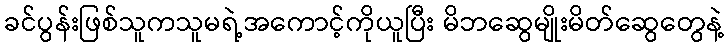
ခင်ပွန်းဖြစ်သူကသူမရဲ့အကောင့်ကိုယူပြီး မိဘဆွေမျိုးမိတ်ဆွေတွေနဲ့